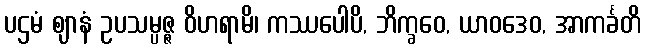
ပဌမံ ဈာနံ ဥပသမ္ပဇ္ဇ ဝိဟရာမိ၊ ကဿပေါပိ, ဘိက္ခဝေ, ယာဝဒေဝ, အာကင်္ခတိ